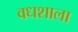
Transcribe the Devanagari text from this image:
वधशाला